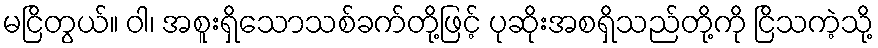
မငြိတွယ်။ ဝါ၊ အစူးရှိသောသစ်ခက်တို့ဖြင့် ပုဆိုးအစရှိသည်တို့ကို ငြိသကဲ့သို့